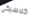
كلاسيكي